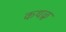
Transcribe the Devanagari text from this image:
कथळु